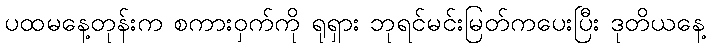
ပထမနေ့တုန်းက စကားဝှက်ကို ရုရှား ဘုရင်မင်းမြတ်ကပေးပြီး ဒုတိယနေ့